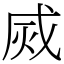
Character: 烕